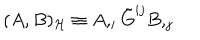
( A , B ) _ { \cal H } \equiv A , _ { i } \tilde { G } ^ { i j } B , _ { j }